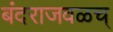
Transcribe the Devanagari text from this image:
बंदराजवळच्